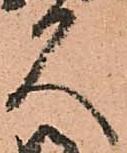
久